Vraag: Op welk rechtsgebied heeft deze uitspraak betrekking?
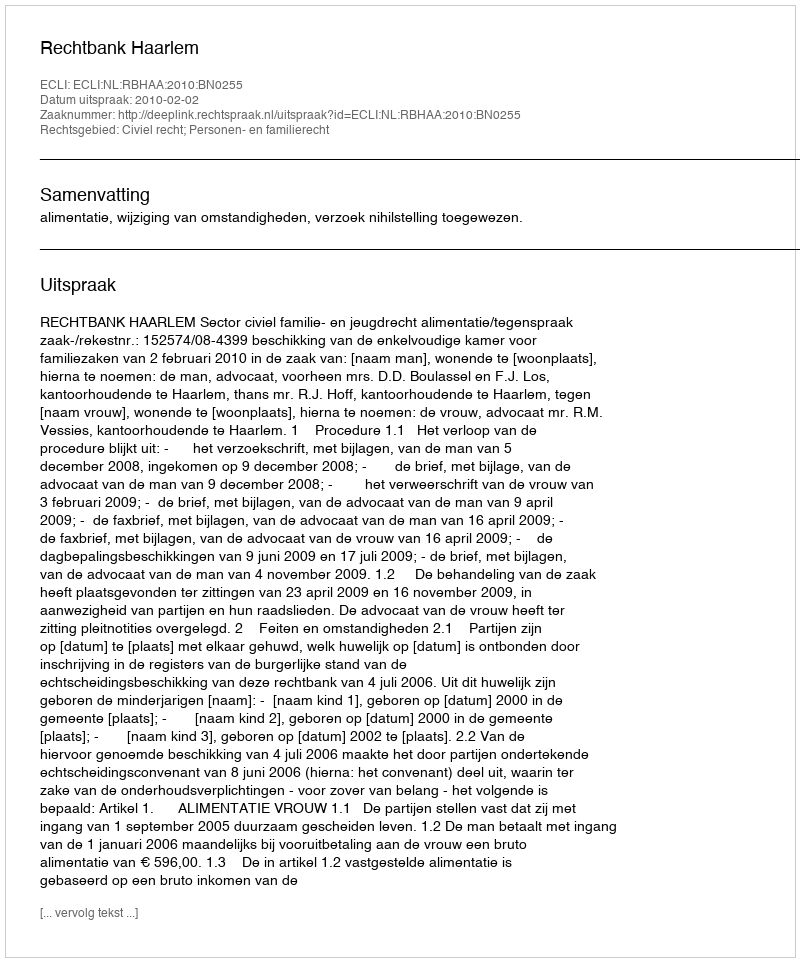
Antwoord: Civiel recht; Personen- en familierecht